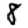
Digit: 8